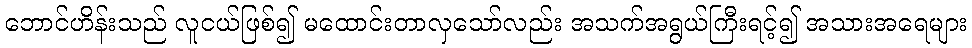
ဘောင်ဟိန်းသည် လူငယ်ဖြစ်၍ မထောင်းတာလှသော်လည်း အသက်အရွယ်ကြီးရင့်၍ အသားအရေများ